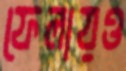
ফেলায়ও